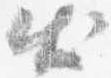
出